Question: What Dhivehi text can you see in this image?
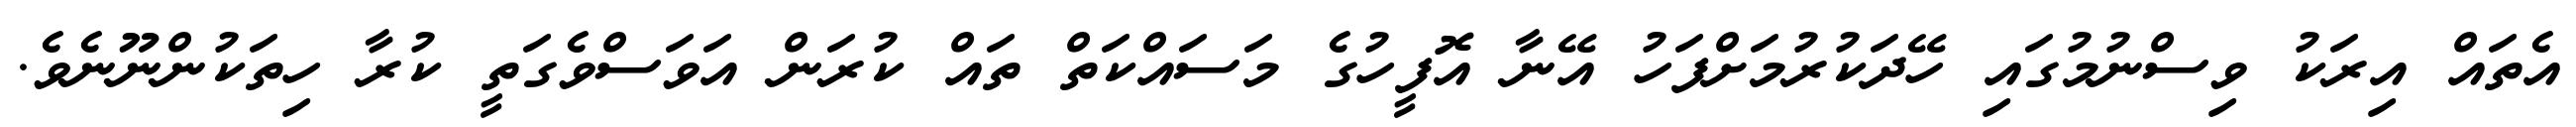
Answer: އެތައް އިރަކު ވިސްނުމުގައި ހޭދަކުރުމަށްފަހު އޭނާ އޮފީހުގެ މަސައްކަތް ތައް ކުރަން އަވަސްވެގަތީ ކުރާ ހިތަކުންނޫނެވެ.